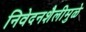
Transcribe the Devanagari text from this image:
निवेदनशैलीमुळे